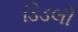
ડિડલી